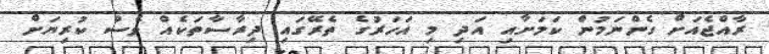
ރާއްޖެއަށް ގެންނަމުން ކަމަށާއި އަދި މި އަހަރުގެ ތެރޭގައި ދިރާސާތަކެއް ވެސް ކުރިޔަށް